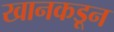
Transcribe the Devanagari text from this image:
खानकडून